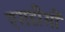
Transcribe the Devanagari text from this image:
एसडीसी